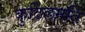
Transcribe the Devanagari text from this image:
कुटिलमति